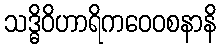
သဒ္ဓိဝိဟာရိကဝေဝစနာနိ